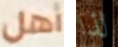
أهل لذا